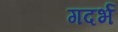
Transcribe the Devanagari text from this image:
गदर्भ